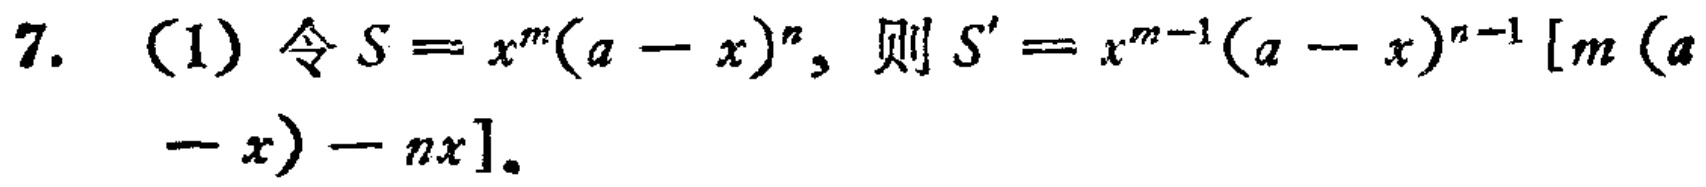
7. (1) 令 \(S = x^{m}(a - x)^{n}\), 则 \(S' = x^{m - 1}(a - x)^{n - 1}[m(a - x) - nx]\)。